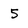
Character: 5